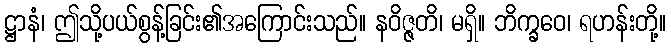
ဋ္ဌာနံ၊ ဤသို့ပယ်စွန့်ခြင်း၏အကြောင်းသည်။ နဝိဇ္ဇတိ၊ မရှိ။ ဘိက္ခဝေ၊ ရဟန်းတို့။